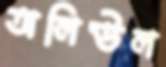
অলিউল